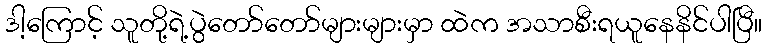
ဒါ့ကြောင့် သူတို့ရဲ့ပွဲတော်တော်များများမှာ ထဲက အသာစီးရယူနေနိင်ပါပြီ။